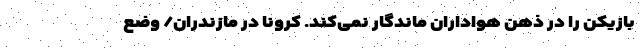
بازیکن را در ذهن هواداران ماندگار نمی‌کند. کرونا در مازندران/ وضع